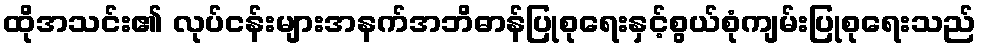
ထိုအသင်း၏ လုပ်ငန်းများအနက်အဘိဓာန်ပြုစုရေးနှင့်စွယ်စုံကျမ်းပြုစုရေးသည်